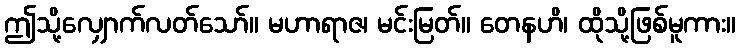
ဤသို့လျှောက်လတ်သော်။ မဟာရာဇ၊ မင်းမြတ်။ တေနဟိ၊ ထိုသို့ဖြစ်မူကား။